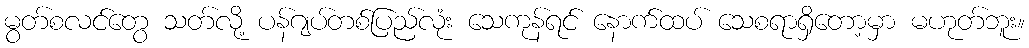
မွတ်စလင်တွေ သတ်လို့ ပန်ဂျပ်တစ်ပြည်လုံး သေကုန်ရင် နောက်ထပ် သေစရာရှိတော့မှာ မဟုတ်ဘူး။